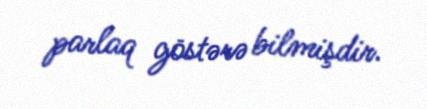
parlaq göstərə bilmişdir.